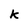
Character: k